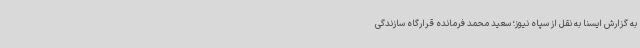
به گزارش ایسنا به نقل از سپاه نیوز؛ سعید محمد فرمانده قرارگاه سازندگی